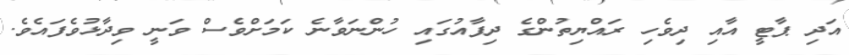
އަދި ޕާޓީ އާއި ދިވެހި ރައްޔިތުންގެ ދިފާއުގައި ހުންނަވާނެ ކަމަށްވެސް ވަނީ ވިދާޅުވެފައެވެ.